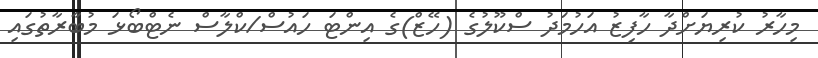
މިހާރު ކުރިޔަށްދާ ހާފިޒު އަހުމަދު ސްކޫލުގެ (ހޭޒް)ގެ އިންޓަ ހައުސް/ކްލާސް ނެޓްބޯޅަ މުބާރާތުގައި